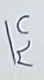
บน